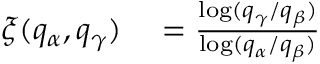
\begin{array} { r l } { \xi ( q _ { \alpha } , q _ { \gamma } ) } & { { } = \frac { \log ( q _ { \gamma } / q _ { \beta } ) } { \log ( q _ { \alpha } / q _ { \beta } ) } } \end{array}